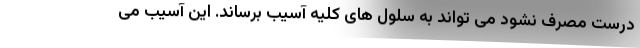
درست مصرف نشود می تواند به سلول های کلیه آسیب برساند. این آسیب می